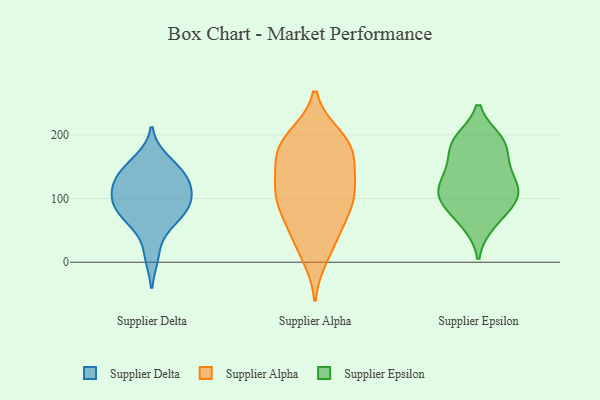
{"axis": {"x": "Market Share (%)", "y": "Value"}, "legend": ["Supplier Alpha", "Supplier Delta", "Supplier Epsilon"], "data": [{"x": "", "y": 131, "type": "Supplier Delta"}, {"x": "", "y": 65, "type": "Supplier Delta"}, {"x": "", "y": 115, "type": "Supplier Delta"}, {"x": "", "y": 134, "type": "Supplier Delta"}, {"x": "", "y": 99, "type": "Supplier Delta"}, {"x": "", "y": 125, "type": "Supplier Delta"}, {"x": "", "y": 149, "type": "Supplier Delta"}, {"x": "", "y": 91, "type": "Supplier Delta"}, {"x": "", "y": 162, "type": "Supplier Delta"}, {"x": "", "y": 10, "type": "Supplier Delta"}, {"x": "", "y": 61, "type": "Supplier Delta"}, {"x": "", "y": 83, "type": "Supplier Delta"}, {"x": "", "y": 92, "type": "Supplier Delta"}, {"x": "", "y": 107, "type": "Supplier Alpha"}, {"x": "", "y": 198, "type": "Supplier Alpha"}, {"x": "", "y": 168, "type": "Supplier Alpha"}, {"x": "", "y": 92, "type": "Supplier Alpha"}, {"x": "", "y": 155, "type": "Supplier Alpha"}, {"x": "", "y": 134, "type": "Supplier Alpha"}, {"x": "", "y": 56, "type": "Supplier Alpha"}, {"x": "", "y": 25, "type": "Supplier Alpha"}, {"x": "", "y": 181, "type": "Supplier Alpha"}, {"x": "", "y": 80, "type": "Supplier Alpha"}, {"x": "", "y": 10, "type": "Supplier Alpha"}, {"x": "", "y": 55, "type": "Supplier Alpha"}, {"x": "", "y": 197, "type": "Supplier Alpha"}, {"x": "", "y": 101, "type": "Supplier Alpha"}, {"x": "", "y": 112, "type": "Supplier Alpha"}, {"x": "", "y": 169, "type": "Supplier Alpha"}, {"x": "", "y": 188, "type": "Supplier Alpha"}, {"x": "", "y": 120, "type": "Supplier Alpha"}, {"x": "", "y": 60, "type": "Supplier Epsilon"}, {"x": "", "y": 100, "type": "Supplier Epsilon"}, {"x": "", "y": 187, "type": "Supplier Epsilon"}, {"x": "", "y": 67, "type": "Supplier Epsilon"}, {"x": "", "y": 135, "type": "Supplier Epsilon"}, {"x": "", "y": 187, "type": "Supplier Epsilon"}, {"x": "", "y": 188, "type": "Supplier Epsilon"}, {"x": "", "y": 192, "type": "Supplier Epsilon"}, {"x": "", "y": 101, "type": "Supplier Epsilon"}, {"x": "", "y": 150, "type": "Supplier Epsilon"}, {"x": "", "y": 120, "type": "Supplier Epsilon"}, {"x": "", "y": 113, "type": "Supplier Epsilon"}, {"x": "", "y": 104, "type": "Supplier Epsilon"}, {"x": "", "y": 94, "type": "Supplier Epsilon"}, {"x": "", "y": 149, "type": "Supplier Epsilon"}]}